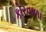
કોરવાળા